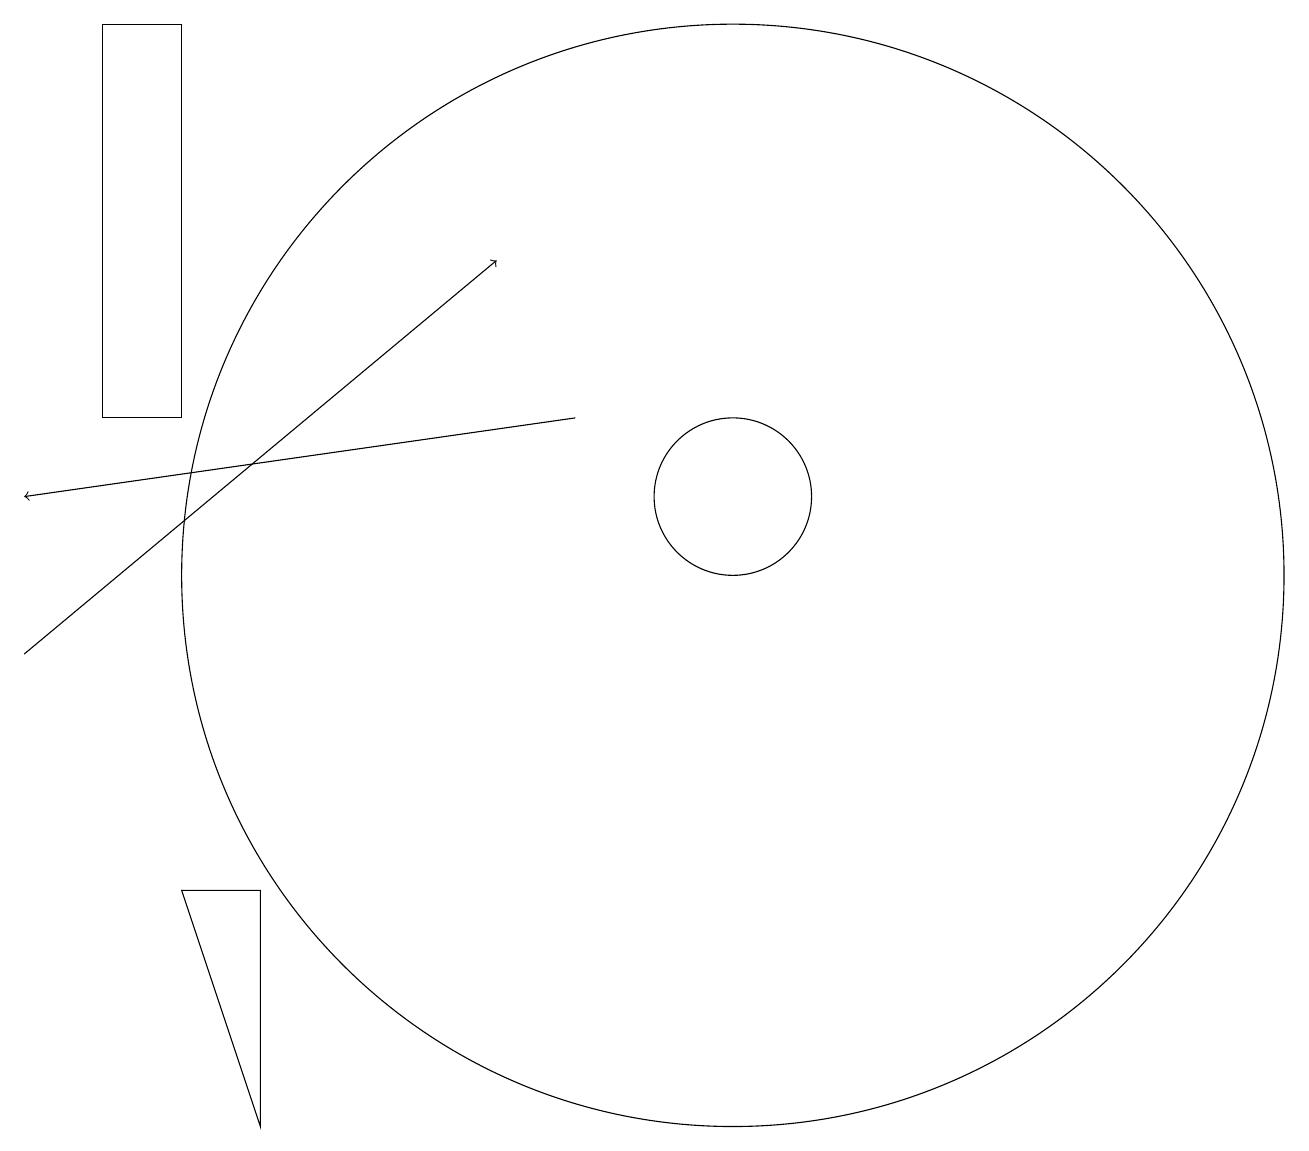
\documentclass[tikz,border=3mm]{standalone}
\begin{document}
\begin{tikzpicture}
\draw[->] (2,10) -- (8,15);
\draw (11,12) circle (1);
\draw (11,11) circle (0);
\draw (11,11) circle (7);
\draw[->] (9,13) -- (2,12);
\draw (5,7) -- (4,7) -- (5,4) -- cycle;
\draw (3,18) rectangle (4,13);
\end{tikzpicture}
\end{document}